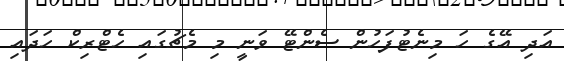
އަދި އޭގެ ހަ މިނެޓުފަހުން ސެންޓޭ ވަނީ މި މެޗުގައި ހެޓްރިކް ހަދައި